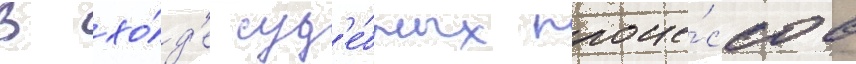
В хо́д'е суд'е́бных проце́ссов